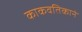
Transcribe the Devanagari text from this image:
काकवतिकानं